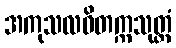
အကုသလဝိတက္ကသုတ္တံ